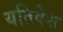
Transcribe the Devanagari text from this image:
यतिवेश